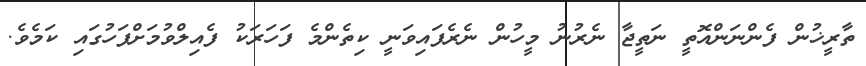
ތާރީޚުން ފެންނަންއޮތީ ނަތީޖާ ނެރުނު މީހުން ނެރެފައިވަނީ ކިތެންމެ ފަހަރަކު ފެއިލްވުމަށްފަހުގައި ކަމެވެ.